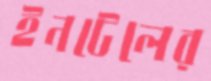
ইনটেলের